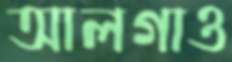
আলগাও